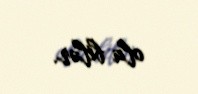
ola bilər.